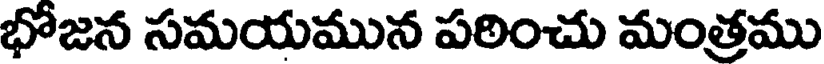
భోజన సమయమున పఠించు మంత్రము